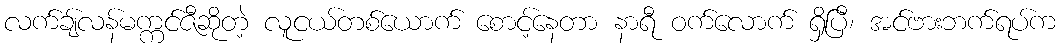
လက်ချ်လန်မက္ကင်ဇီဆိုတဲ့ လူငယ်တစ်ယောက် စောင့်နေတာ နာရီ ဝက်လောက် ရှိပြီ၊ အင်ဗားဘက်ရပ်က